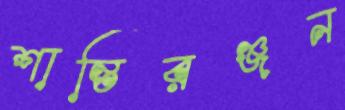
শান্তিরঞ্জন